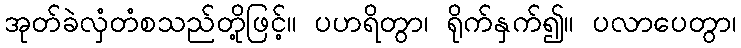
အုတ်ခဲလှံတံစသည်တို့ဖြင့်။ ပဟရိတွာ၊ ရိုက်နှက်၍။ ပလာပေတွာ၊